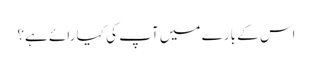
اس کے بارے میں آپ کی کیا رائے ہے؟